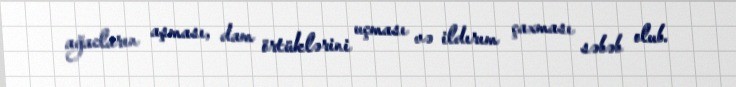
ağacların aşması, dam örtüklərini uçması və ildırım çaxması səbəb olub.